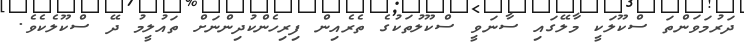
ދަރުމަވަންތަ ސްކޫލަކީ މާލޭގައި ސާނަވީ ސްކޫލުތަކުގެ ތެރެއިން ފިރިހެންކުދިންނަށް ތައުލީމު ދޭ ސްކޫލެކެވެ.